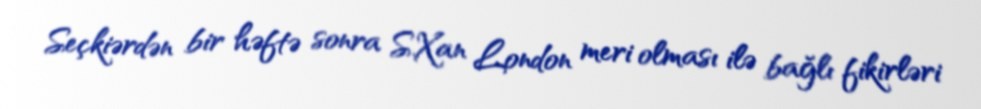
Seçkiərdən bir həftə sonra S.Xan London meri olması ilə bağlı fikirləri